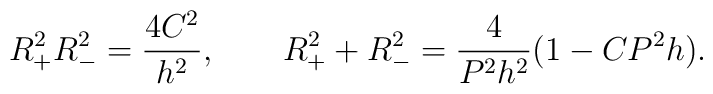
R^2_+R^2_-=\frac{4C^2}{h^2},\qquad R^2_++R^2_-=\frac{4}{P^2h^2}(1-CP^2h).